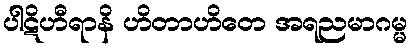
ပါဋိဟီရာနိ ဟိတာဟိတေ အရညမာဂမ္မ